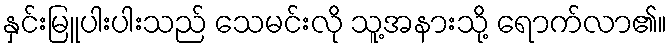
နှင်းမြူပါးပါးသည် သေမင်းလို သူ့အနားသို့ ရောက်လာ၏။